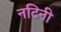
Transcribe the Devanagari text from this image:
नटिनी